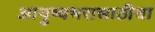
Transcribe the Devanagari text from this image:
आयुष्यभरासाठीचा